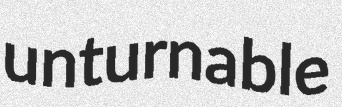
unturnable